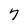
Character: 7